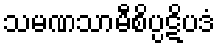
သမဏသာမီစိပ္ပဋိပဒံ